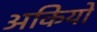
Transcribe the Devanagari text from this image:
अकियो